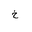
Letter: _kha